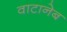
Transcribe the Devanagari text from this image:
वाटानेब